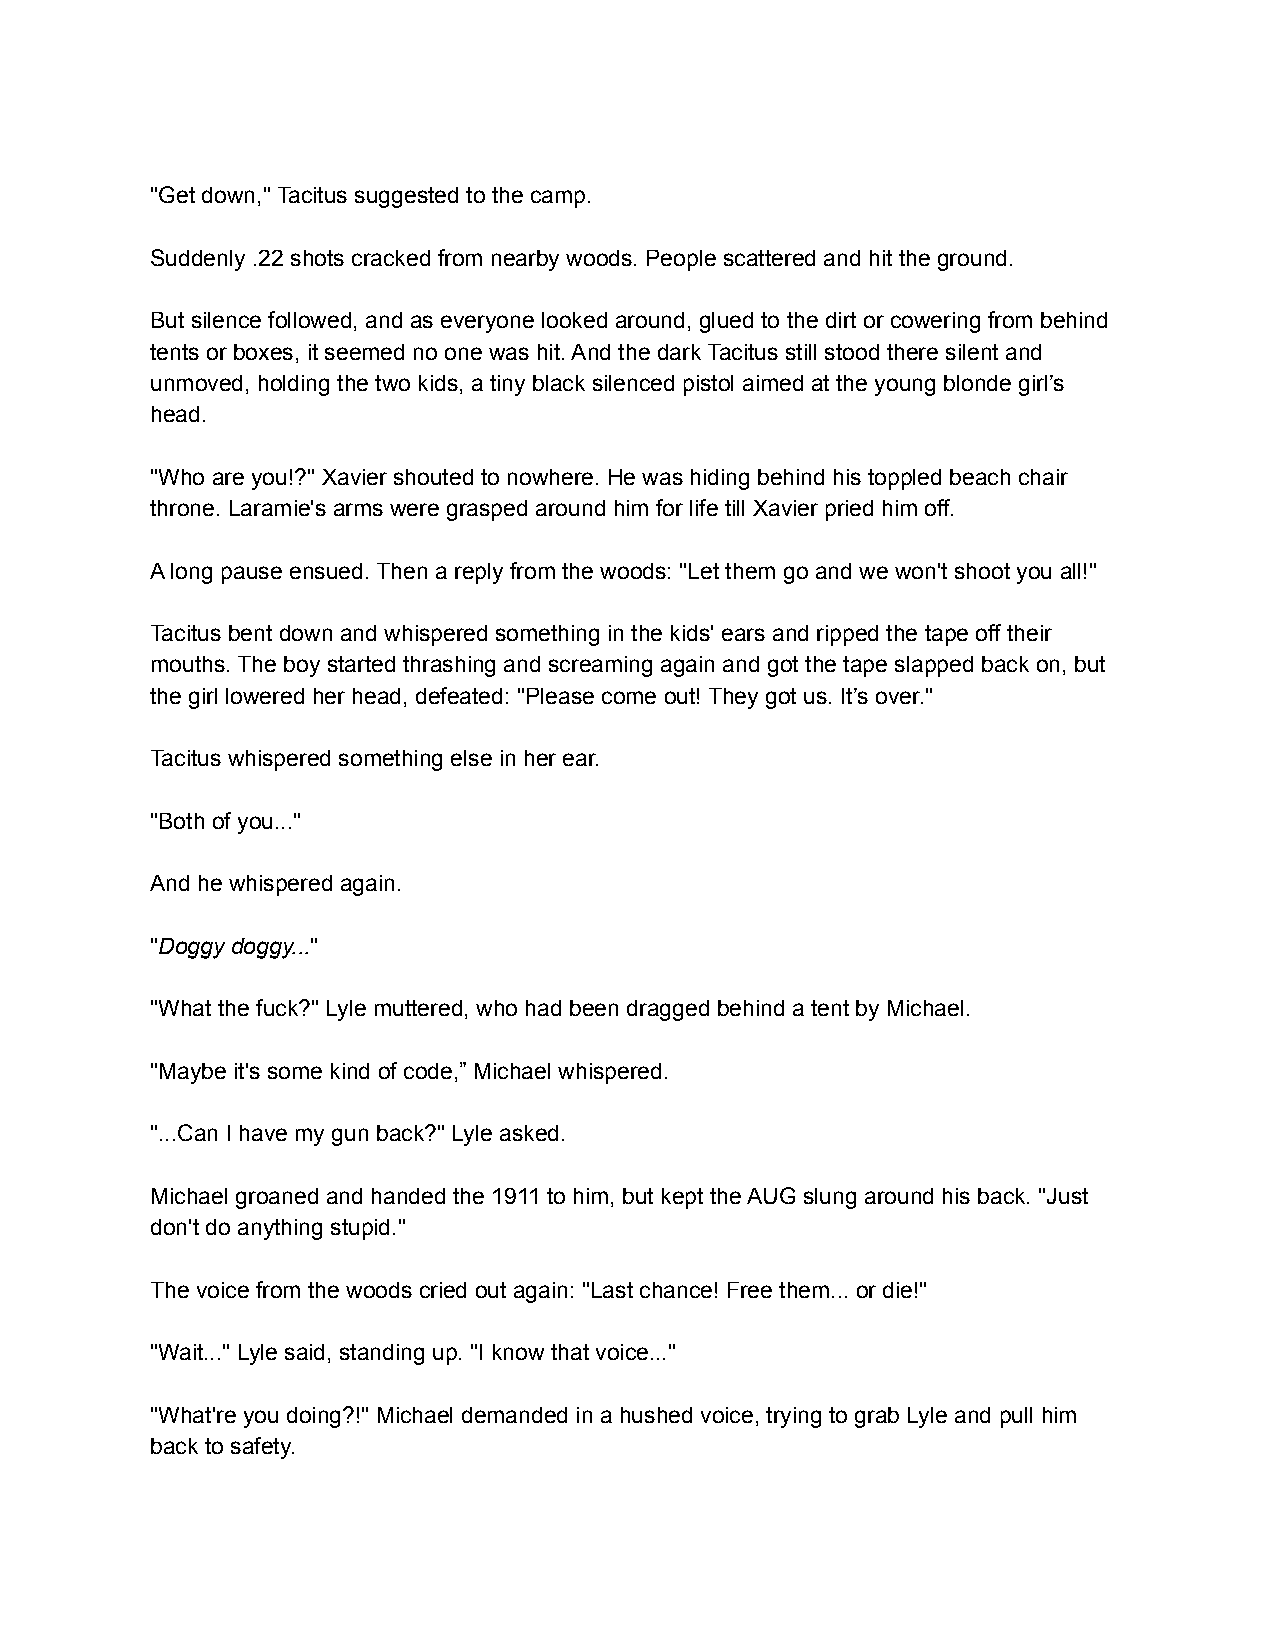
"Get down," Tacitus suggested to the camp.
 Suddenly .22 shots cracked from nearby woods. People scattered and hit the ground.
 But silence followed, and as everyone looked around, glued to the dirt or cowering from behind
 tents or boxes, it seemed no one was hit. And the dark Tacitus still stood there silent and
 unmoved, holding the two kids, a tiny black silenced pistol aimed at the young blonde girl’s
 head.
 "Who are you!?" Xavier shouted to nowhere. He was hiding behind his toppled beach chair
 throne. Laramie's arms were grasped around him for life till Xavier pried him off.
 A long pause ensued. Then a reply from the woods: "Let them go and we won't shoot you all!"
 Tacitus bent down and whispered something in the kids' ears and ripped the tape off their
 mouths. The boy started thrashing and screaming again and got the tape slapped back on, but
 the girl lowered her head, defeated: "Please come out! They got us. It’s over."
 Tacitus whispered something else in her ear.
 "Both of you..."
 And he whispered again.
 "Doggy doggy..."
 "What the fuck?" Lyle muttered, who had been dragged behind a tent by Michael.
 "Maybe it's some kind of code,” Michael whispered.
 "...Can I have my gun back?" Lyle asked.
 Michael groaned and handed the 1911 to him, but kept the AUG slung around his back. "Just
 don't do anything stupid."
 The voice from the woods cried out again: "Last chance! Free them... or die!"
 "Wait..." Lyle said, standing up. "I know that voice..."
 "What're you doing?!" Michael demanded in a hushed voice, trying to grab Lyle and pull him
 back to safety.